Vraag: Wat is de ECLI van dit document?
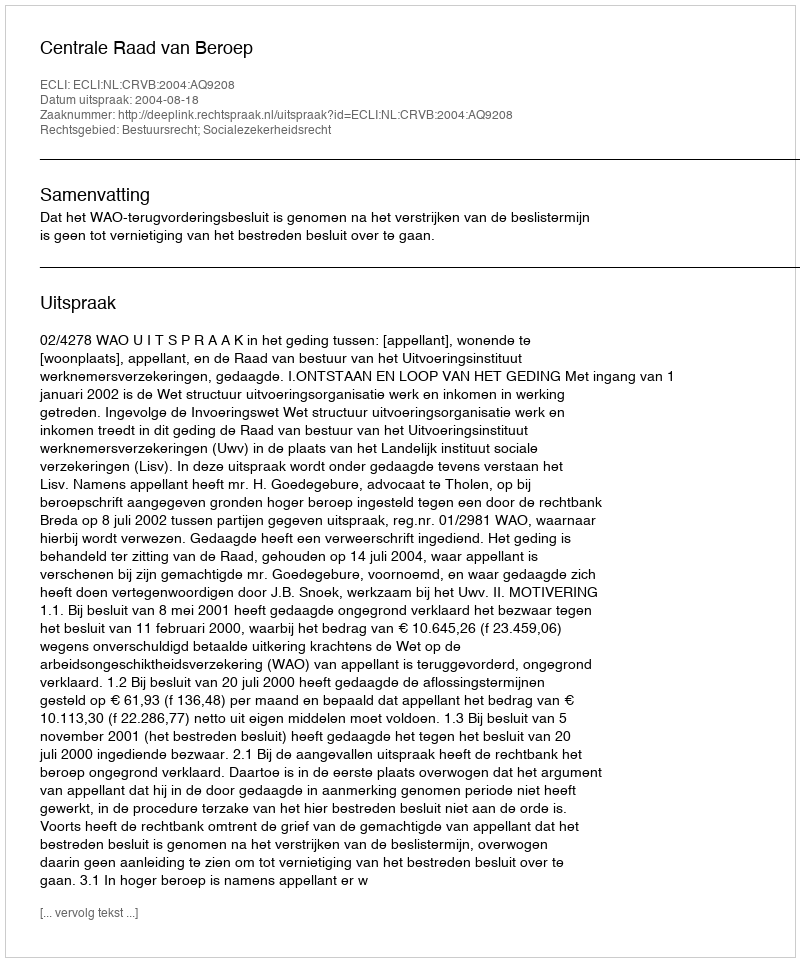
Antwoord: ECLI:NL:CRVB:2004:AQ9208